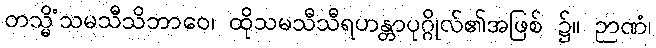
တသ္မိံသမသီသိဘာဝေ၊ ထိုသမသီသီရဟန္တာပုဂ္ဂိုလ်၏အဖြစ် ၌။ ဉာဏံ၊